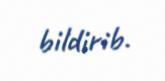
bildirib.